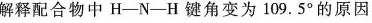
解释配合物中H-N-H键角变为109.5°的原因：